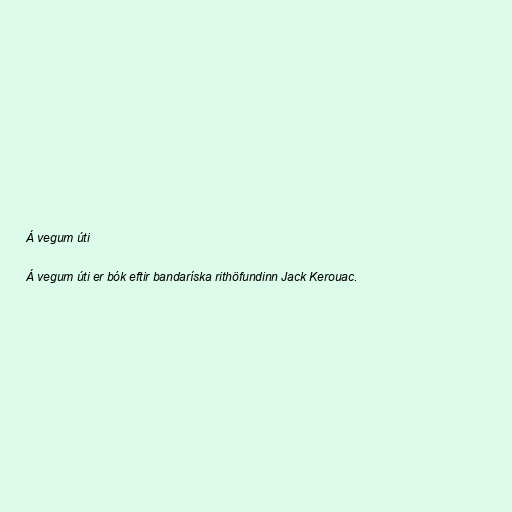
Á vegum úti

Á vegum úti er bók eftir bandaríska rithöfundinn Jack Kerouac.